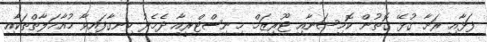
ފަޅާއި ރަށާ ގުޅޭ ގޮތުން ކޮމިޝަނާއި ޓޫރިޒަމް މިނިސްޓްރީއާ ދެމެދު ހިނގާފައިވާ މުއާމަލާތްތަކާއި